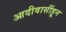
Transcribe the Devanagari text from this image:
आदीवासींहून